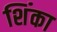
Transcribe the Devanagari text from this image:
शिंका